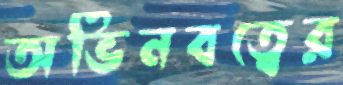
অভিনবত্বের